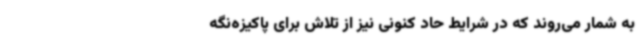
به شمار می‌روند که در شرایط حاد کنونی نیز از تلاش برای پاکیزه‌نگه